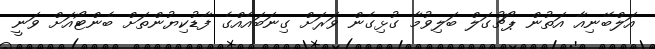
އަލްބޭނިއާ އަތުން ޕޯޗުގަލް ބަލިވުމާ ގުޅިގެން ވަރަށް ގިނަބައެއްގެ ފާޑުކިޔުންތަށް ބެންޓޯއަށް ވަނީ